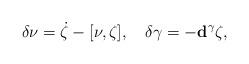
LaTeX: \begin{align*}\delta\nu=\dot\zeta-[\nu,\zeta],\quad\delta\gamma=-\mathbf{d}^\gamma\zeta,\end{align*}